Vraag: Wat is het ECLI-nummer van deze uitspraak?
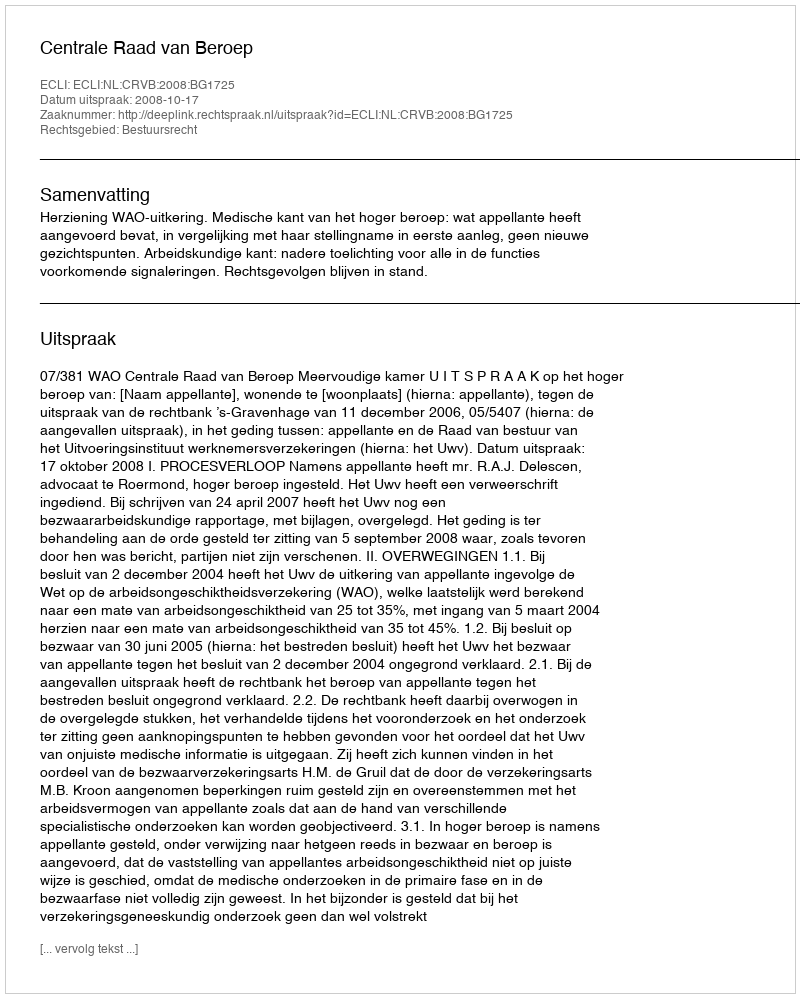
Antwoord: ECLI:NL:CRVB:2008:BG1725